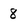
Character: 8